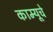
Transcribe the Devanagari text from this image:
काम्यूचे